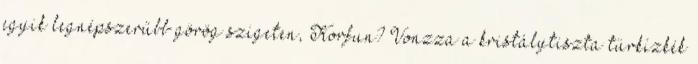
egyik legnépszerűbb görög szigeten, Korfun? Vonzza a kristálytiszta türkízkék